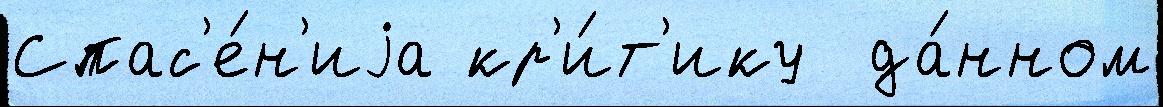
Спас'е́н'иjа кр'и́т'ику  да́нном